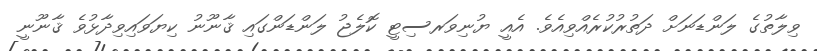
ވިލާތުގެ ލަންޑަނަށް ދަތުރުކުރެއްވިއެވެ. އެއީ ޔުނިވަރސިޓީ ކޮލެޖު ލަންޑަންގައި ޤާނޫނު ކިޔަވައިވިދާޅުވެ ޤާނޫނީ